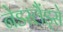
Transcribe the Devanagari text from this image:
नेडरलैंड्से